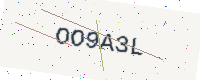
Text: OO9A3L